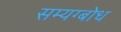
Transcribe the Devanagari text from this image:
सम्यग्बोध